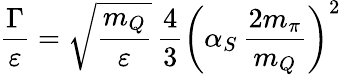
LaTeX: \frac{\Gamma}{\varepsilon}=\sqrt{\frac{m_{Q}}{\varepsilon}}\, \frac{4}{3}\left(\alpha_{S}\, \frac{2m_{\pi}}{m_{Q}}\right)^{2}